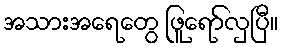
အသားအရေတွေ ဖြူရော်လှပြီ။